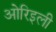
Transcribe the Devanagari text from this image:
ओरिइली